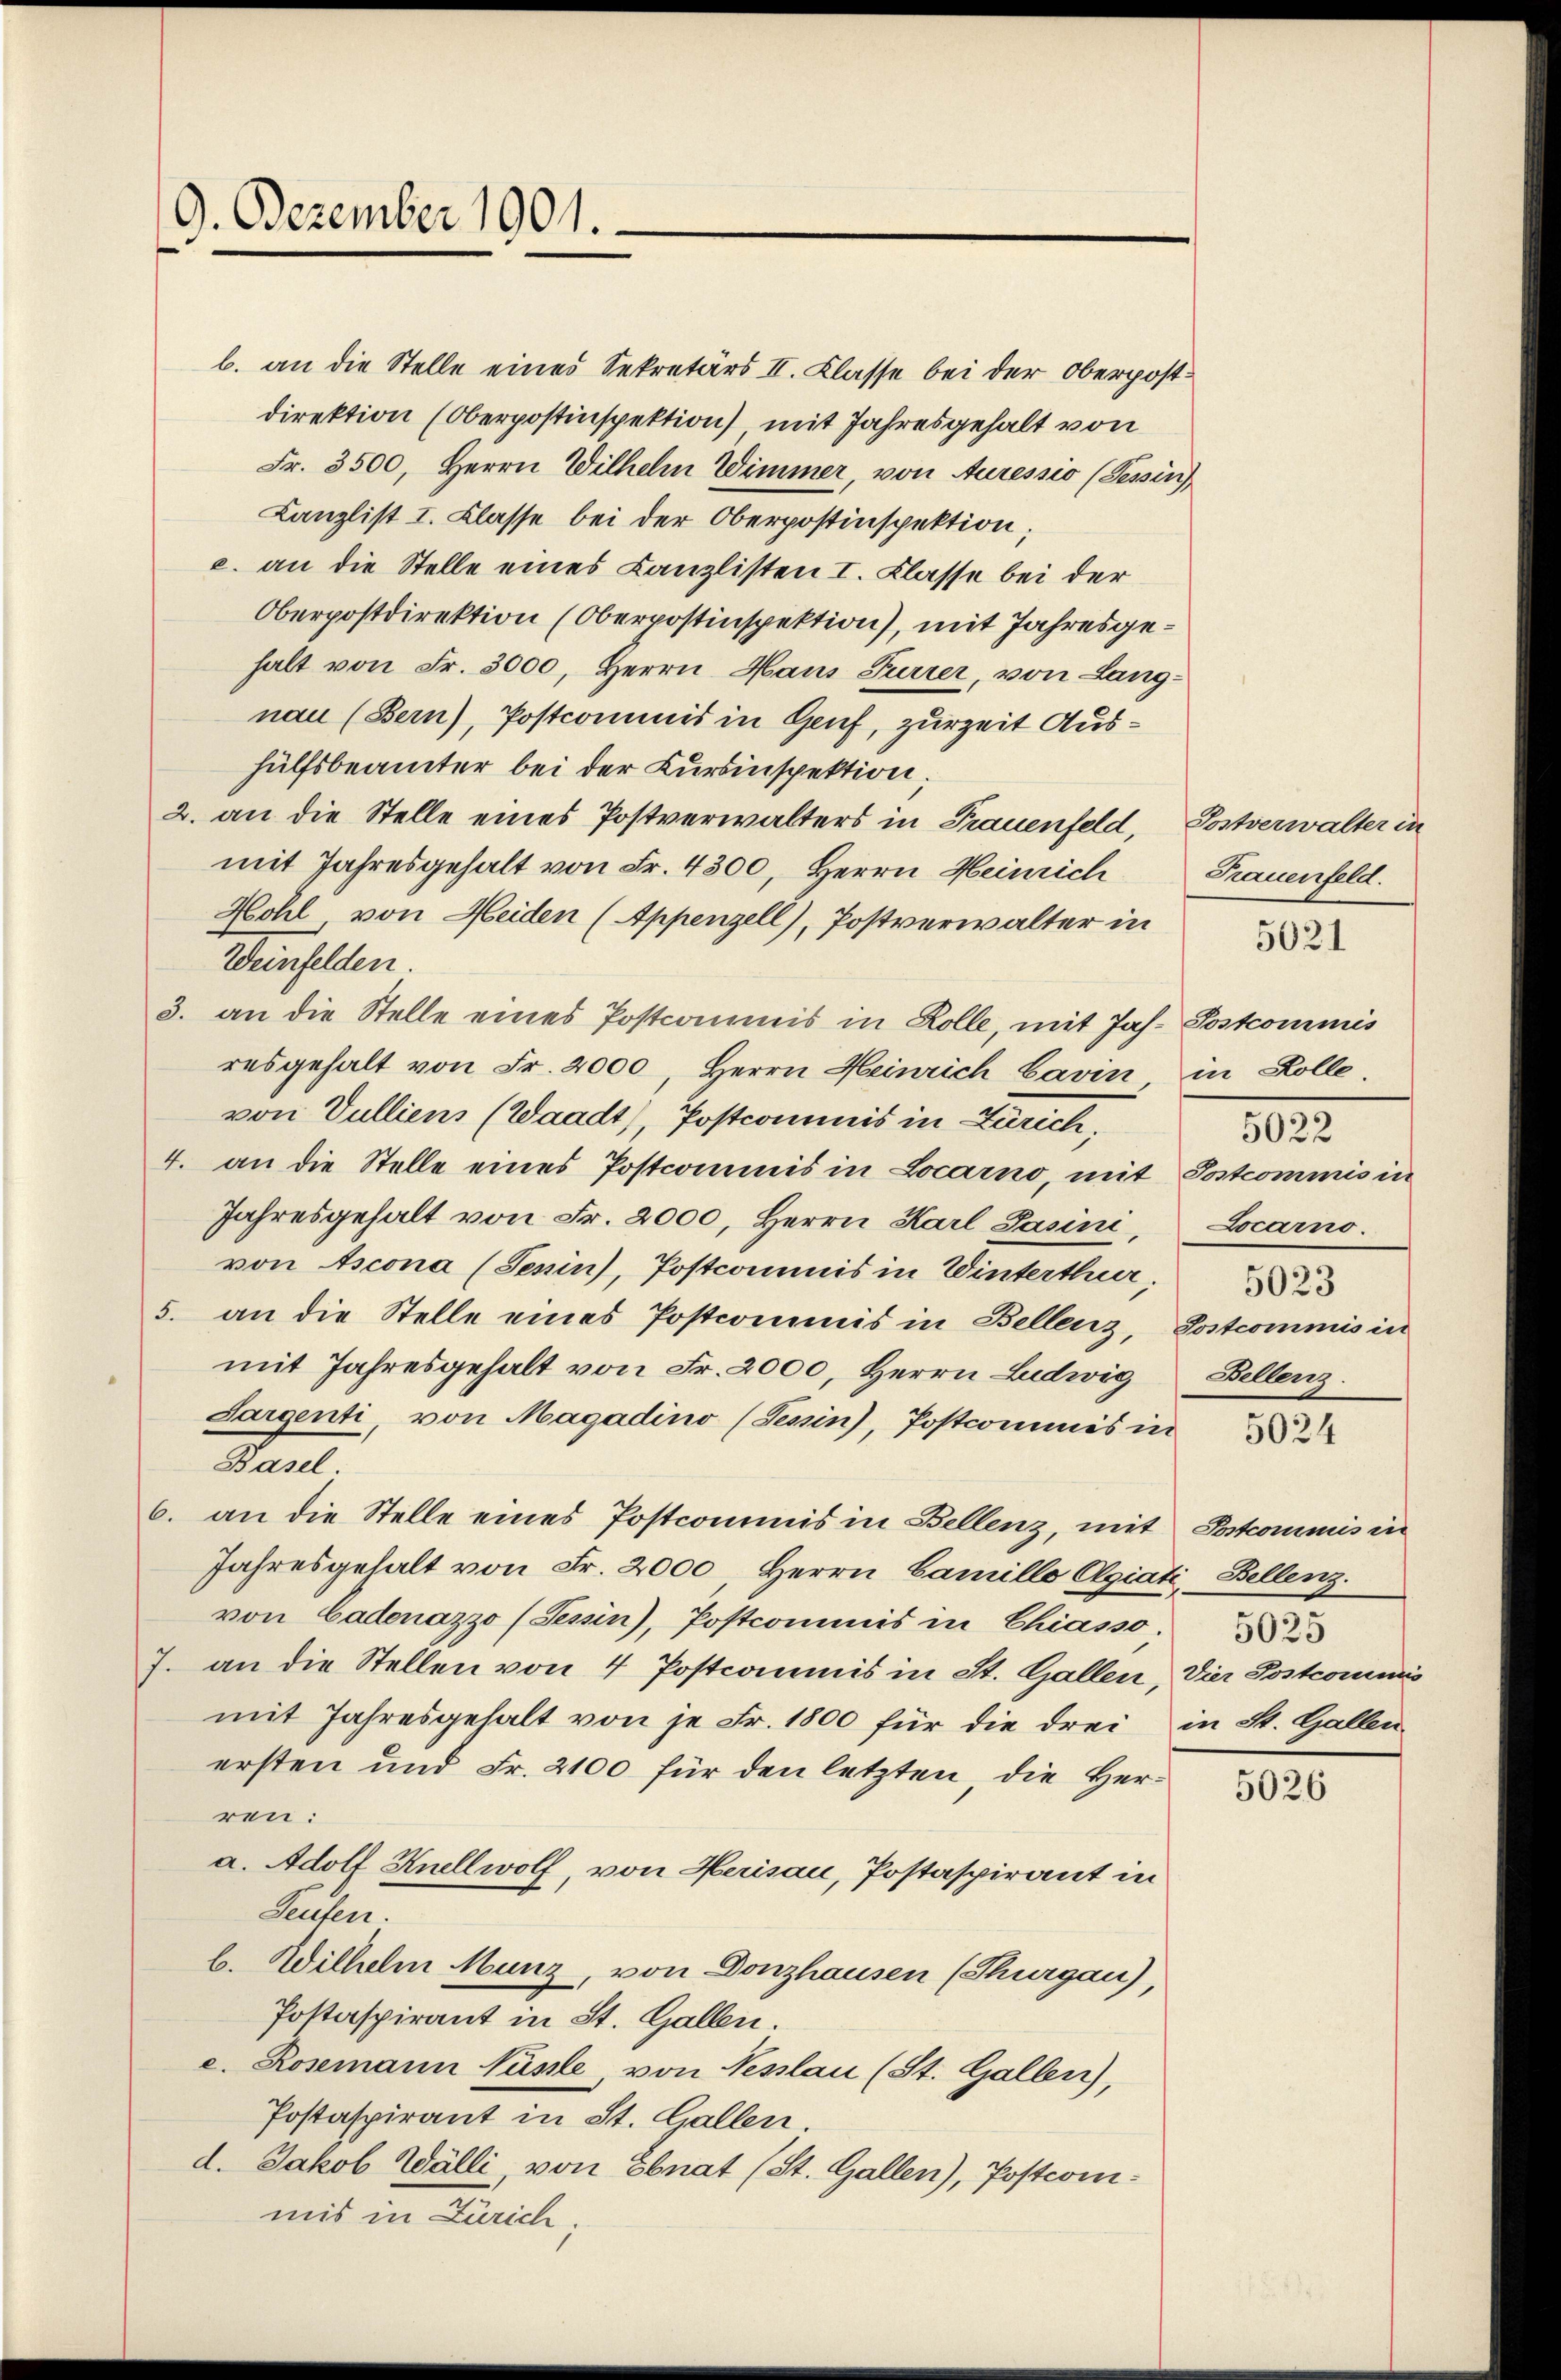
9. Dezember 1901.

b. an die Stelle eines Sekretärs II. Klasse bei der Oberpostdirektion (Oberpostinspektion) mit Jahresgehalt von
Fr. 3500, Herrn Wilhelm Wimmer, von Auressio (Tessin
Canzlist I. Klasse bei der Oberpostinspektion;
c. an die Stelle eines Kanzlisten I. Klasse bei der
Oberpostdirektion (Oberpostinspektion), mit Jahresgehalt von Fr. 3000, Herrn Haus Furrer, von Langnau (Bern), Postcommis in Genf, zurzeit Aushülfsbeamter bei der Kursinspektion;
2. an die Stelle eines Postverwalters in Frauenfeld, Postverwalter in
mit Jahresgehalt von Fr. 4300, Herrn Heinrich
Hohl von Heiden (Appenzell), Postverwalter in
Weinfelden
3. an die Stelle eines Postcommis in Kolle, mit Jah. Postcommis
resgehalt von Fr. 2000, Herrn Heinrich barin in Kolle
von Vulliens (Waadt, Postcommis in Zürich,
4. an die Stelle eines Postcommis in Locarno, mit Postcommis in
Jahresgehalt von Fr. 2000, Herrn Karl Pasini,
von Ascona (Jenin), Postcommis in Winterthur.
5. an die Stelle eines Postcommis in Bellenz, Postcommis in
mit Jahresgehalt von Fr. 2000, Herrn Ludwig
Sargenti, von Magadino (Tessin), Postcommis in
Basel
6. an die Stelle eines Postcommis in Bellenz, mit Postcommis in
Jahresgehalt von Fr. 2000, Herrn Camillo Olgiati, Bellenz
von Cadenazzo (Tessin), Postcommis in Chiasso.
J. an die Stellen von 4 Postcommis in St. Gallen, Dier Postcommis
mit Jahresgehalt von je Fr. 1800 für die drei in St. Gallen
ersten und Fr. 2100 für den letzten, die Herren:
a. Adolf Knellwolf, von Herisau, Postaspirant in
Seufen.
b. Wilhelm Munz, von Donzhausen (Thurgau),
Postaspirant in St. Gallen.
e. Rosemann Näsle, von Nesslau (St. Gallen),
Postaspirant in St. Gallen
d. Jakob Wälli, von Ebnat (St. Gallen), Postcommis in Zürich,

Frauenfeld.

5021

5022
Locarno.
Bellenz

5024

5026